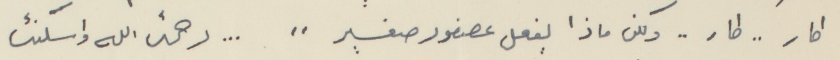
طار .. طار .. ولكن ماذا يفعل عصفور صغير " ... رحمت الله واسكنت